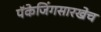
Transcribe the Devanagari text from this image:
पॅकेजिंगसारखेच